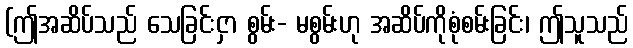
(ဤအဆိပ်သည် သေခြင်းငှာ စွမ်း- မစွမ်းဟု အဆိပ်ကိုစုံစမ်းခြင်း၊ ဤသူသည်